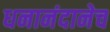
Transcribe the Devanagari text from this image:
धनानंदानेच